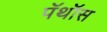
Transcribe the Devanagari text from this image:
पॅथॉस